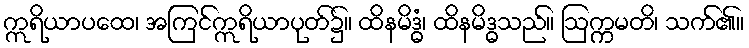
ဣရိယာပထေ၊ အကြင်ဣရိယာပုတ်၌။ ထိနမိဒ္ဓံ၊ ထိနမိဒ္ဓသည်။ ဩက္ကမတိ၊ သက်၏။